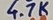
Text: 4.7K